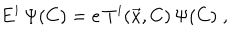
LaTeX: E ^ { i } \, \Psi ( C ) = e \, T ^ { i } ( \vec { x } , C ) \, \Psi ( C ) \; ,